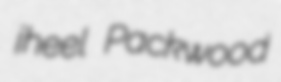
jheel Packwood